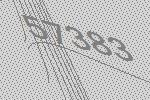
57383